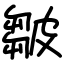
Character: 皺